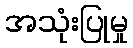
အသုံးပြုမှု